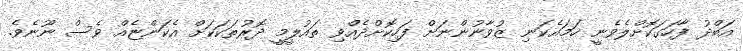
އަބްދު ފާހަގަކޮށްލެވެނީ ހަމައެކަނި ޒުވާނުންނަށް ފަހިކޮށްދެއްވި ތައުލީމީ ދޮރުތަކަކަށް އެކަންޏެއް ވެސް ނޫނެވެ.